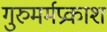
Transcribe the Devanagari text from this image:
गुरुमर्मप्रकाश